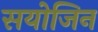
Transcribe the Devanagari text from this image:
सयोजिन